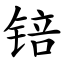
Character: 锫